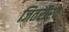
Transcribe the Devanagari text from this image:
जितरौरव